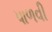
પાળવી